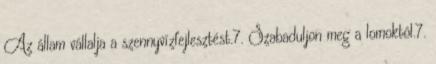
Az állam vállalja a szennyvízfejlesztést.7. Szabaduljon meg a lomoktól.7.